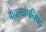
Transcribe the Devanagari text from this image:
कैवल्योपनिषद्